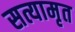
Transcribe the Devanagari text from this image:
सत्यामृत